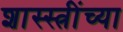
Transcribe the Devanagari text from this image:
शास्स्त्रींच्या